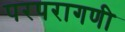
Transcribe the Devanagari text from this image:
परपरागणी